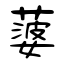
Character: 蔢